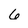
Character: 6